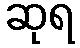
ဆုရ